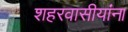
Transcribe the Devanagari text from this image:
शहरवासीयांना